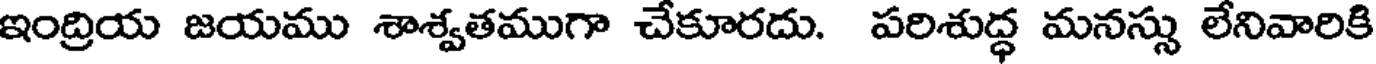
ఇంద్రియ జయము శాశ్వతముగా చేకూరదు. పరిశుద్ధ మనస్సు లేనివారికి